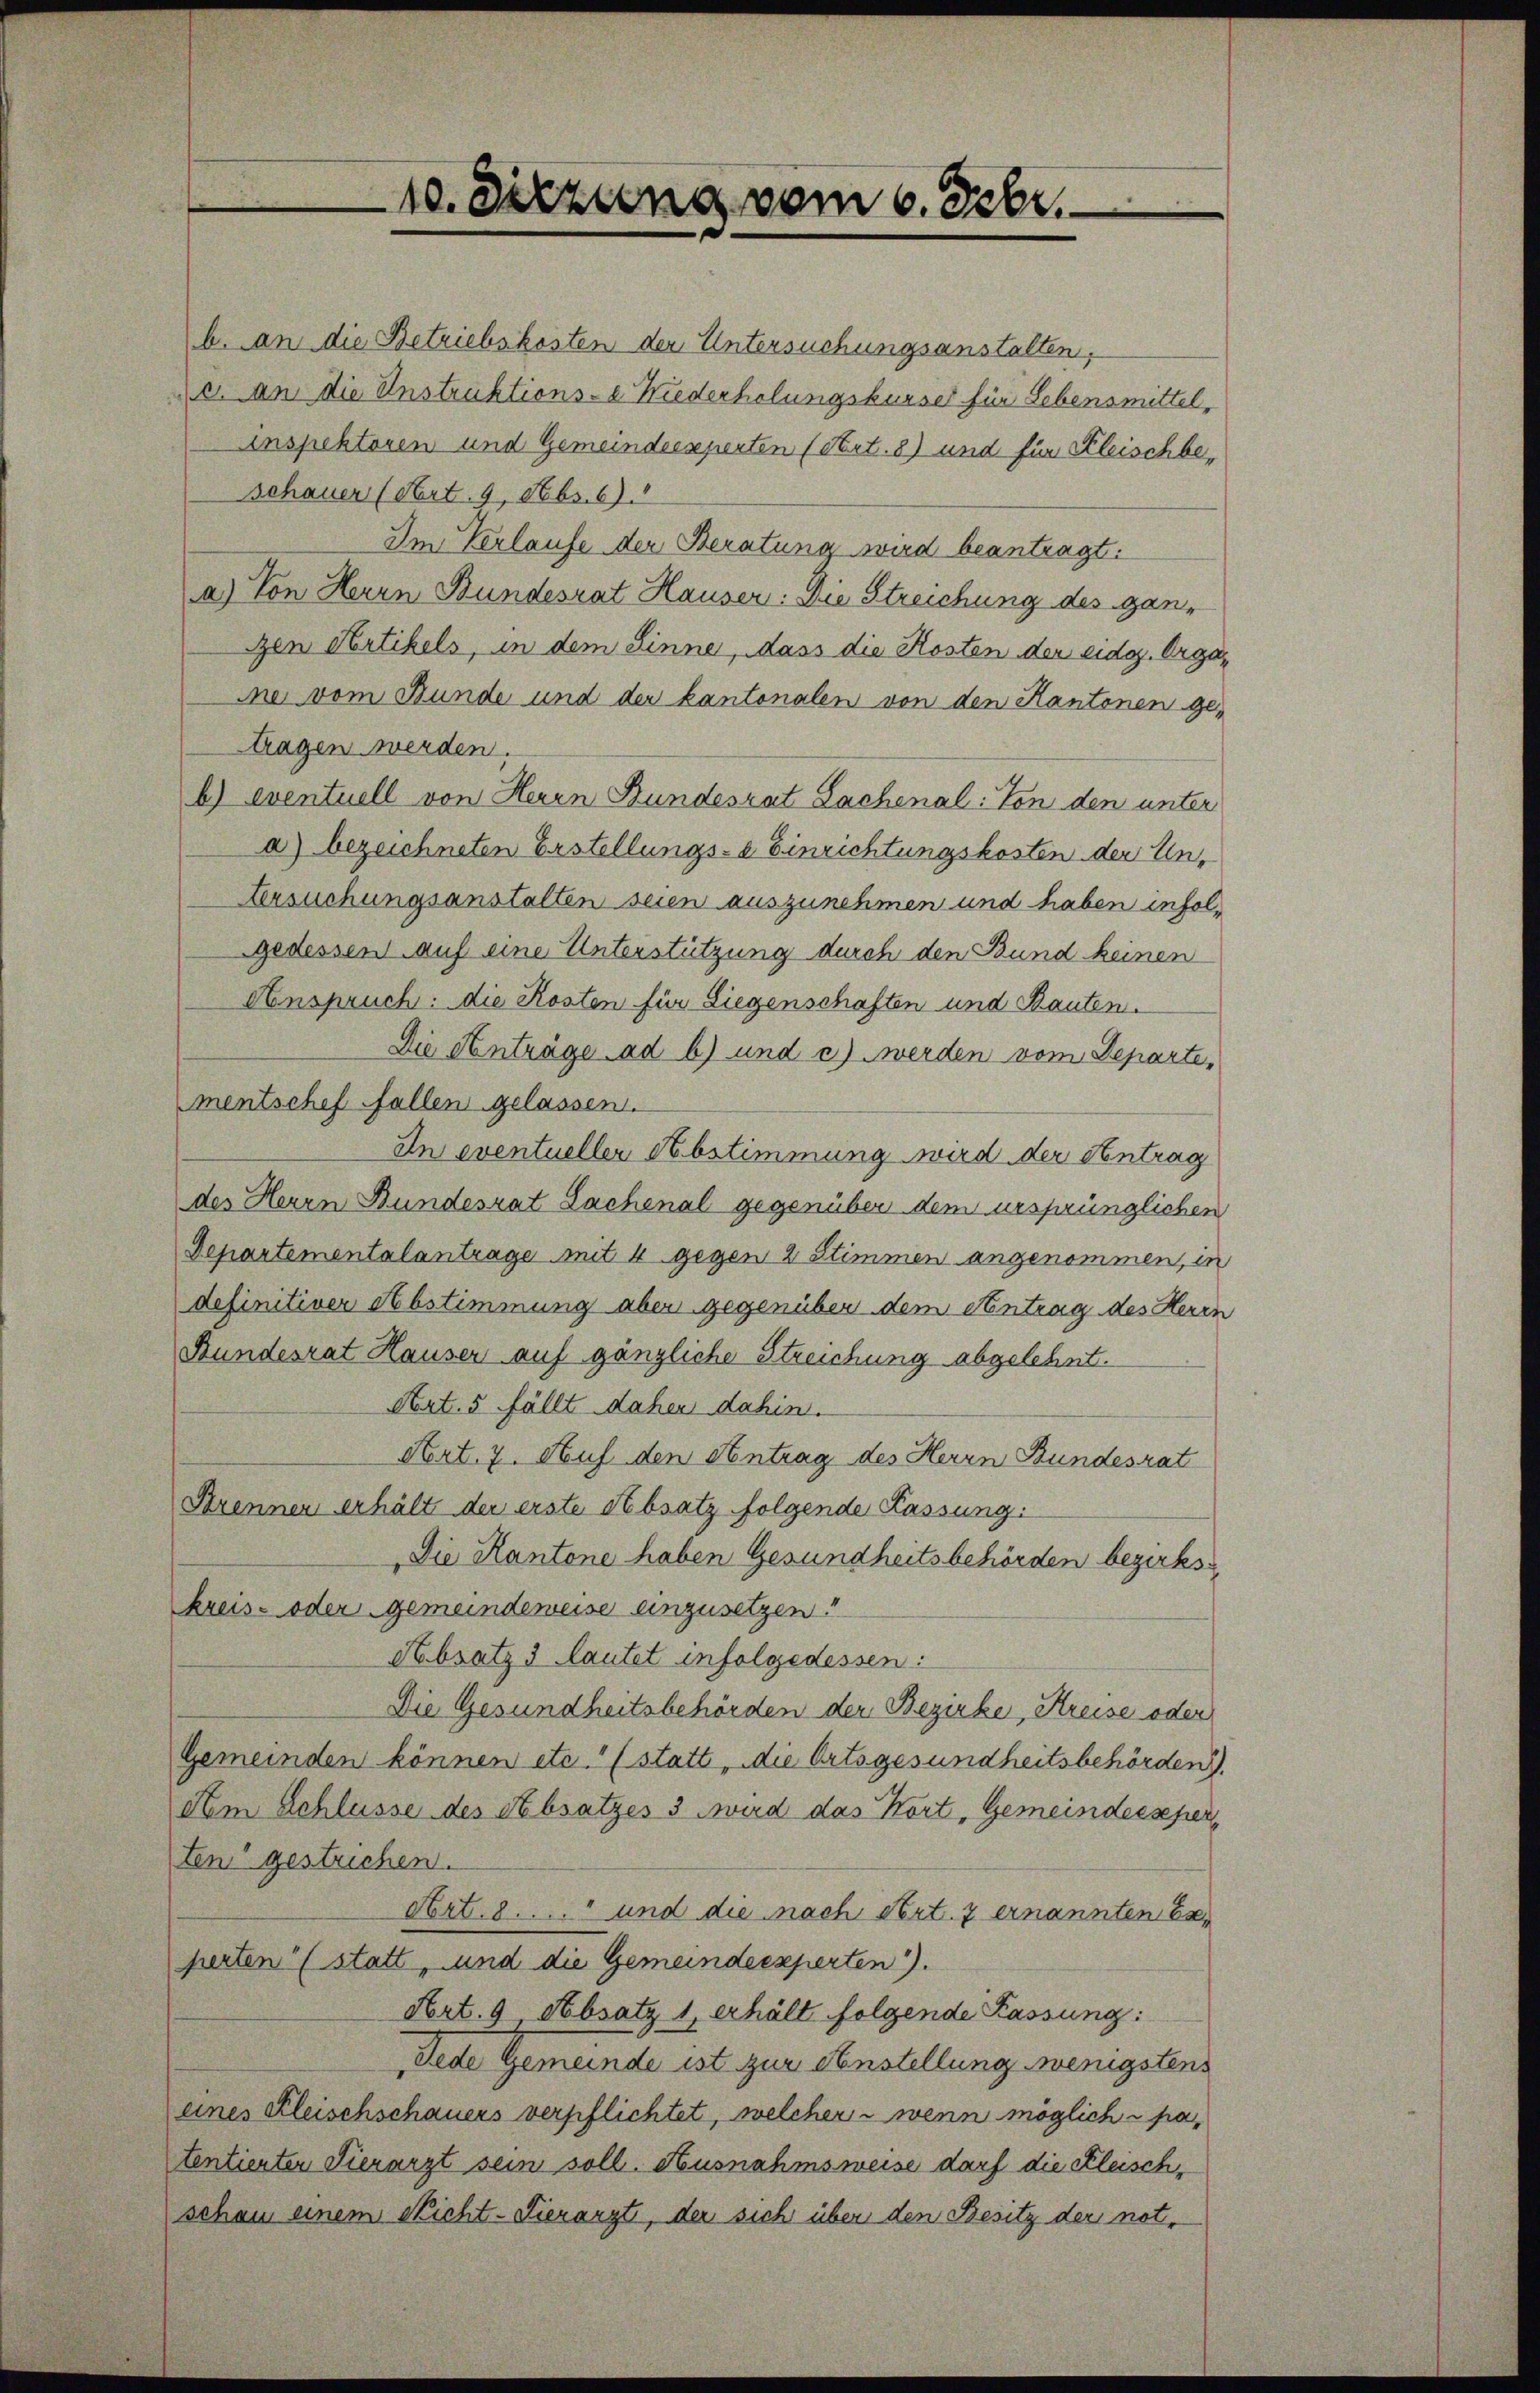
b. an die Betriebskosten der Untersuchungsanstalten,
c. an die Instruktions-e Niederholungskurser für Lebensmittel,
inspektoren und Gemeindsesperten (Art. 8) und für Kleischbe¬
Schauer (Art. 9. Febs.6).
Im Verlaufe der Beratung wird beantragt:
a) Von Herrn Bundesrat Hauser: Die Streichung des ganzzen Artikels, in dem Sinne, dass die Kosten der eidg. Orgamner vom Bunde und der kantonalen von den Kantonen getragen werden
b) eventuell von Herrn Bundesrat Lachenal: Von den unter
a) bezeichneten Erstellungs-e Einrichtungskosten der Un¬
Versuchungsanstalten seien auszunehmen und haben infolgedessen auf eine Unterstützung durch den Bund keinen
Anspruch: die Kosten für Liegenschaften und Bauten.
Die Anträge ad b) und c) werden vom Departe,
mentschef fallen gelassen.
In eventueller Abstimmung wird der Antrag
des Herrn Bundesrat Sachenal gegenüber dem ursprünglichen
Departementalantrage mit 4 gegen 2 Stimmen angenommen, in
definitiver Abstimmung aber gegenüber dem Antrag des Herrn
Bundesrat Hauser auf gänzliche Streichung abgelehnt.
Art. 5 fällt daher dahin.
Nert. 7. Auf den Antrag des Herrn Bundesrat
Krennen erhält der erste Absatz folgende Kassung:
Die Kantone haben Gesundheitsbehörden bezirks
kreis- oder Gemeindeweise einzusetzen!
Absatz 3 lautet infolgedessen:
Die Gesundheitsbehörden der Bezirke, Kreise oder
Gemeinden können etc.“ (statt, die Ortsgesundheitsbehörden.
dem Schlüsse des Absatzes 3 wird das Kort, Gemeindersperten gestrichen.
Art. 8..... und die nach Art. 7 ernannten beperten (statt, und die Gemeindersperten).
Art. 9 Absatz 1 erhält folgende Kassung:
Jede Gemeinde ist zur Anstellung wenigstens
eines Kleischschauers verpflichtet, welcher wenn möglich u pa
tentienten Tierarzt sein soll. Ausnahmsweise darf die Kleischschau einem Nicht- Tierarzt, der sich über den Besitz der not-

10. Sitzung vom 6. Febr.